Tezpur Lunatic Asylum reports 1877-1894 - 1877-1894
Year: 1877
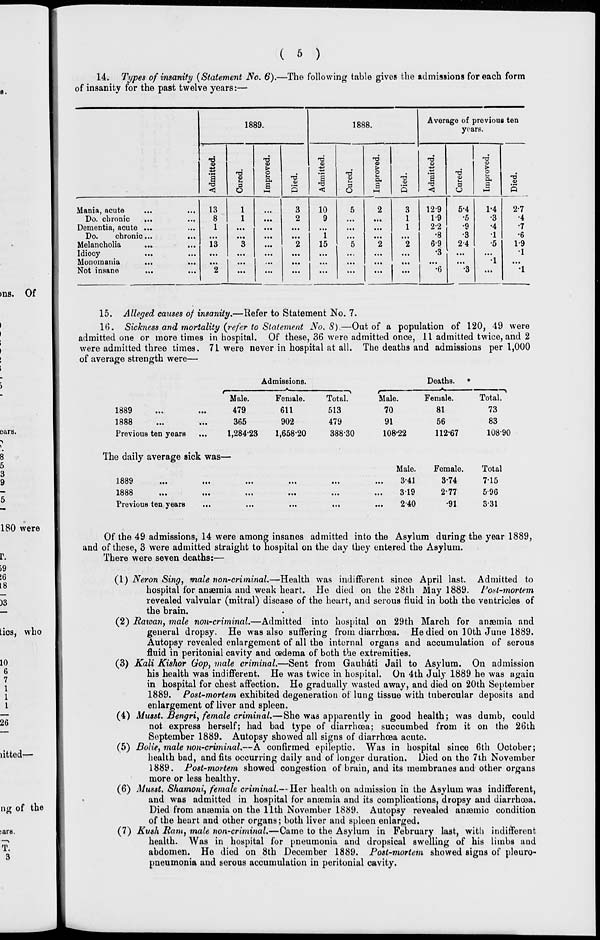
( 5 )
14. Types of insanity (Statement No. 6).—The following table gives the admissions for each form
of insanity for the past twelve years:—
1889.
1888.
Average of previous ten
years.
T3
T3
T3
>d
T3
H3
9
8
<v
a
0)
4)
49
5
■*->
>
>
•+J
•T3
o
,ti
T3
o
."£*
TJ
O
.
a
p
a,
T3
a
V
a.
"■a
a
O
P.
13
"T3
a
S
*o
s
n3
5
a
<
O
p
<
o
HM
P
<1
O
•-»
P
Mania, acute
13
1
3
10
5
2
3
129
5-4
1-4
2-7
Do. chronic
...
8
1
...
2
9
...
...
1
1-9
•5
•3
•4
Dementia, acute ...
1
...
...
...
1
2-2
•9
•4
•7
Do.
chronic...
• ••
...
...
1
•8
•3
1
•6
Melancholia
13
3
2
15
5
2
2
69
2 4
•5
1-9
Idiocy
...
...
...
...
...
...
...
...
...
•3
...
...
1
Monomania
...
...
...
...
...
...
...
... ■ •••
...
...
1
...
Not insane
...
...
2
...
...
...
...
...
... 1- •6 •3 ... •1
15. Alleged causes of insanity.—Refer to Statement No. 7.
K3. Sickness and mortality (refer to Statement No. 8).—Out of a population of 120, 49 were
admitted one or more times in hospital. Of these, 36 were admitted once, 11 admitted twice, and 2
were admitted three times. 71 were never in hospital at all. The deaths and admissions per 1,000
of average strength were—
lbo9
...
...
188b
...
•••
Previous ten years
The daily average sick was—
IboJ
...
...
looO
...
...
Previous ten years
Admissions.
Deaths. •
Male.
Female.
Total.
r-
Male.
Female.
Total.
479
611
513
70
81
73
365
902
479
91
56
83
1,28423
1,658-20
388-30
108-22
112-67
108-90
Male.
Female.
Total
...
...
...
3-41
3-74
7-15
...
...
...
319
2-77
5-96
...
...
...
240
•91
3-31
Of the 49 admissions, 14 were among insanes admitted into the Asylum during the year 1889,
and of these, 3 were admitted straight to hospital on the day they entered the Asylum.
There were seven deaths:—
(1) Neron Sing, male non-criminal.—Health was indifferent since April "last. Admitted to
hospital for anaemia and weak heart. He died on the 28th May 1889. I'oxt-mortem
revealed valvular (mitral) disease of the heart, and serous fluid in both the ventricles of
the brain.
(2) Ratoan, male non-criminal.—Admitted into hospital on 29th March for anaemia and
general dropsy. He was also suffering from diarrhoea. He died on 10th June 1889.
Autopsy revealed enlargement of all the internal organs and accumulation of serous
fluid in peritonial cavity and oedema of both the extremities.
(3) Kali Kishor Gop, male criminal.—Sent from Gauhati Jail to Asylum. On admission
his health was indifferent. He was twice in hospital. On 4th July 1889 he was again
in hospital for chest affection. He gradually wasted away, and died on 20th September
1889. Post-mortem exhibited degeneration of lung tissue with tubercular deposits and
enlargement of liver and spleen.
(4) Musst. Bengri t female criminal.—She was apparently in good health; was dumb, could
not express herself; had bad type of diarrhoea; succumbed from it on the 26th
September 1889. Autopsy showed all signs of diarrhoea acute.
(5) Bolie, male non-criminal.—A confirmed epileptic. Was in hospital since 6th October;
health bad, and fits occurring daily and of longer duration. Died on the 7th November
1889. Post-mortem showed congestion of brain, and its membranes and other organs
more or less healthy.
(6) Musst. Shamoni, female criminal.—Her health on admission in the Asylum was indifferent,
and was admitted in hospital for anaemia and its complications, dropsy and diarrhoea.
Died from anaemia on the 11th November 1889. Autopsy revealed anaemic condition
of the heart and other organs; both liver and spleen enlarged.
(7) Kush Ram, male non-criminal.—Came to the Asylum in February last, with indifferent
health. Was in hospital for pneumonia and dropsical swelling of his limbs and
abdomen. He died on 8th December 1889. Post-mortem showed signs of pleuro-
pneumonia and serous accumulation in peritonial cavity.